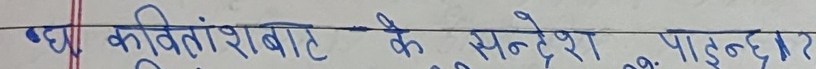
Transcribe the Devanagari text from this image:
गद्य कवितांशाबाट के सन्देश पाइन्छ यार